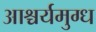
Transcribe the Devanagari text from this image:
आश्चर्यमुग्ध